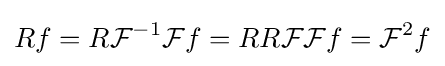
Rf=R{\mathcal {F}}^{-1}{\mathcal {F}}f=RR{\mathcal {FF}}f={\mathcal {F}}^{2}f